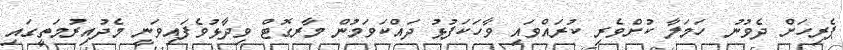
ޕެރިހަށް ދެވުނު ހަމަލާ ކުށްވެރި ކުރައްވައި ވާހަކަފުޅު ދައްކަވަމުން މާރގޮޓް ވިދާޅުވެފައިވަނީ މެދުއިރުމަތީގައި